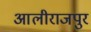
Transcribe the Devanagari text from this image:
आलीराजपुर